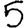
Digit: 5